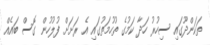
ތަކަންދޫގައި ސިހުރު ހަދާ ކަމުގެ ތުހުމަތުގައި އެ ރަށަށް ފުލުހުން ގޮސް ބައެއް